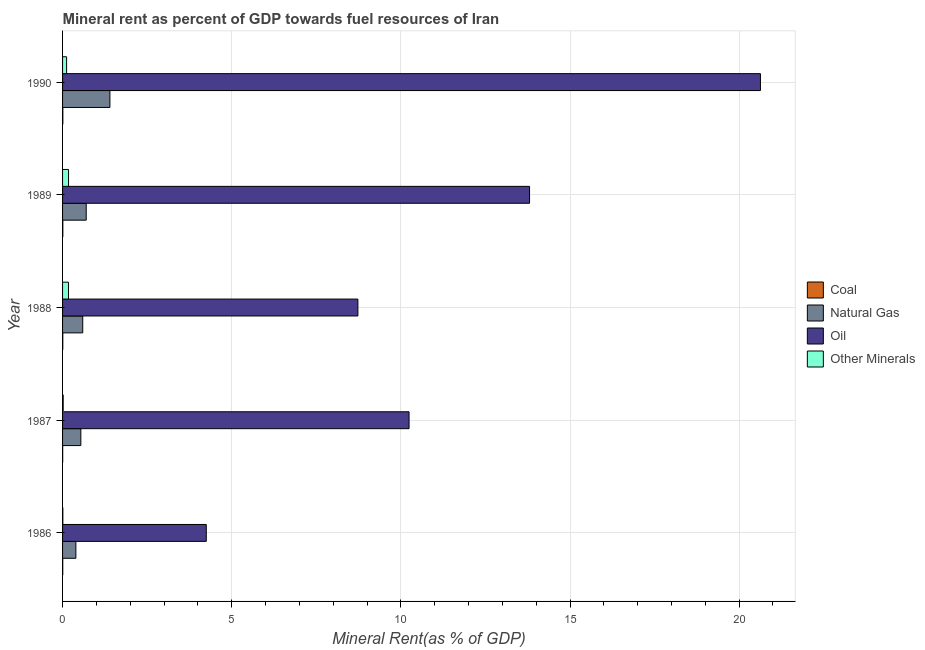
| Year | Coal | Natural Gas | Oil | Other Minerals |
 | --- | --- | --- | --- | --- |
 | 1986 | 0.00534 | 0.393 | 4.25 | 0.008 |
 | 1987 | 0.00348 | 0.54 | 10.2 | 0.0191 |
 | 1988 | 0.00704 | 0.596 | 8.73 | 0.175 |
 | 1989 | 0.00779 | 0.699 | 13.8 | 0.177 |
 | 1990 | 0.00807 | 1.4 | 20.6 | 0.119 |